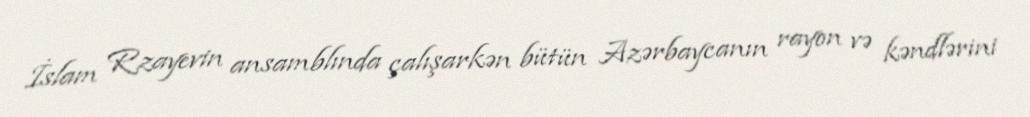
İslam Rzayevin ansamblında çalışarkən bütün Azərbaycanın rayon və kəndlərini